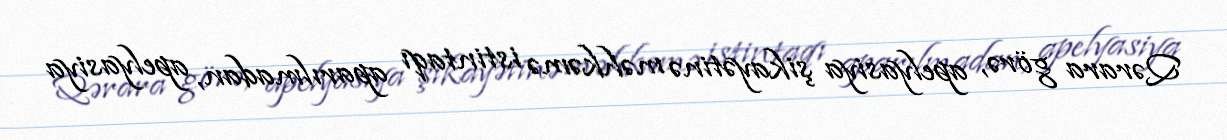
Qərara görə, apelyasiya şikayətinə məhkəmə istintaqı aparılmadan, apelyasiya